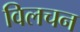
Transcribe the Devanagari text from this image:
विलचन